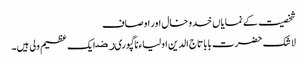
شخصیت کے نمایاں خدوخال اور اوصاف
لا شک حضرت بابا تاج الدین اولیاءناگپوریﺭﺿ ایک عظیم ولی ہیں۔